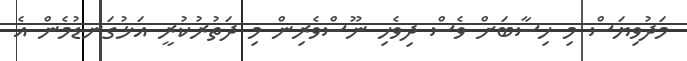
މަދުވިޔަސް މި ހިސާބަށް ވެސް ދިވެހި ނޫސްވެރިން މި ދަތުރުކުރީ އަޅުގަނޑުމެން އެ